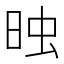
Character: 𣆣